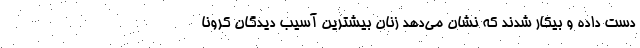
دست داده و بیکار شدند که نشان می‌دهد زنان بیشترین آسیب دیدگان کرونا